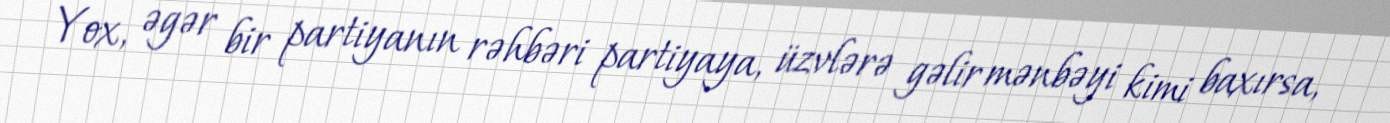
Yox, əgər bir partiyanın rəhbəri partiyaya, üzvlərə gəlir mənbəyi kimi baxırsa,